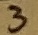
Text: 3